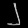
Digit: ၂